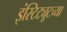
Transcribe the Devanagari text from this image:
इंस्टिट्यूटच्या